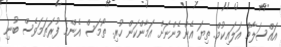
އައްސަލާމް އަލައިކުމް. ތިޔަ އެންމެންނަށް އަމާންކަން ހުރި. ތޯމަސް އެންމެ ފުރަތަމަވެސް ބުނި